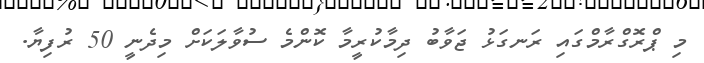
މި ޕްރޮގްރާމްގައި ރަނގަޅު ޖަވާބު ދިމާކުރީމާ ކޮންމެ ސުވާލަކަށް މިދެނީ 50 ރުފިޔާ.